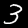
Label: 3